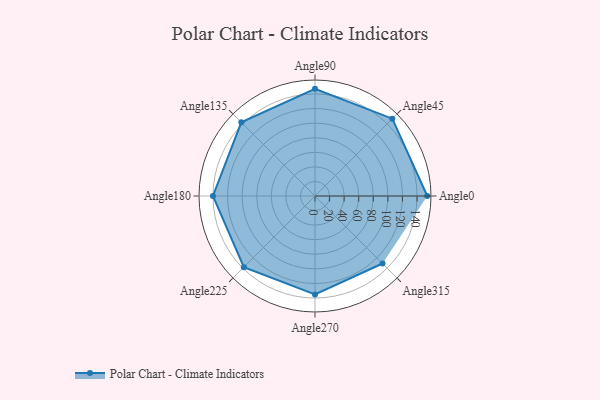
{"axis": {"x": "Angle", "y": "Radius"}, "legend": [""], "data": [{"x": "Angle0", "y": 154.0, "type": ""}, {"x": "Angle45", "y": 150.0, "type": ""}, {"x": "Angle90", "y": 147.0, "type": ""}, {"x": "Angle135", "y": 143.0, "type": ""}, {"x": "Angle180", "y": 140.0, "type": ""}, {"x": "Angle225", "y": 138.0, "type": ""}, {"x": "Angle270", "y": 135.0, "type": ""}, {"x": "Angle315", "y": 131.0, "type": ""}]}